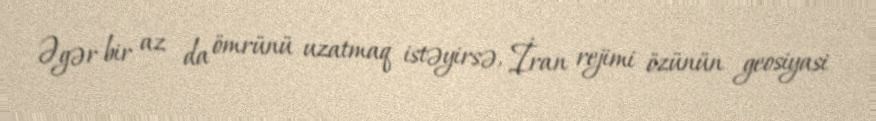
Əgər bir az da ömrünü uzatmaq istəyirsə, İran rejimi özünün geosiyasi